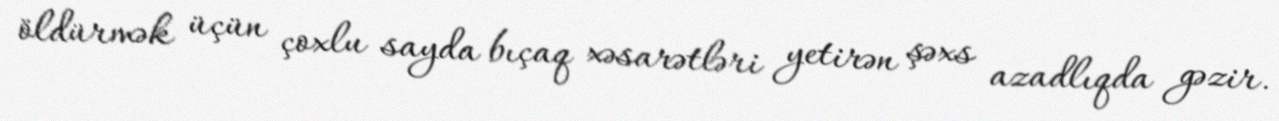
öldürmək üçün çoxlu sayda bıçaq xəsarətləri yetirən şəxs azadlıqda gəzir.